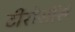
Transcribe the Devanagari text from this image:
टीरोसॉर्स